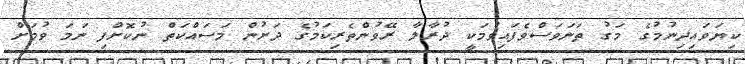
ކިޔަވައިދިނުމުގެ މަގު ތަނަވަސްވެފައިވުމަކީ ދުރާލާ ރޭވުންތެރިކަމުގެ ދަށުން މަސައްކަތް ނުކޮށްފި ނަމަ ވުމަށް